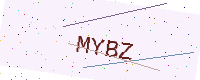
Text: MYBZ